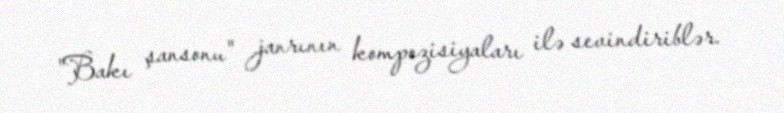
"Bakı şansonu" janrının kompozisiyaları ilə sevindiriblər.